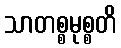
သာတစ္စမုစ္စတိ